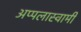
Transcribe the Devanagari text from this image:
अप्पलास्वामी